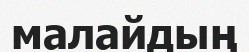
малайдың